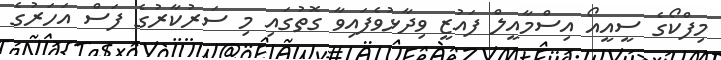
މިފްކޯގެ ސީއީއޯ އިސްމާއީލް ފައުޒީ ވިދާޅުވެފައިވާ ގޮތުގައި މި ސަރުކާރުގެ ފަސް އަހަރުގެ